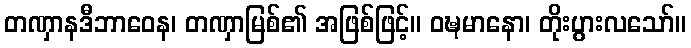
တဏှာနဒီဘာဝေန၊ တဏှာမြစ်၏ အဖြစ်ဖြင့်။ ဝဍ္ဎမာနော၊ တိုးပွားလသော်။